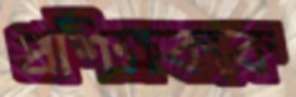
প্রশিক্ষককে